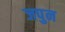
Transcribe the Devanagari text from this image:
जपुन